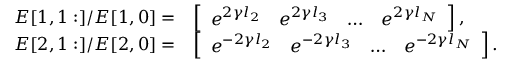
\begin{array} { r l } { \boldsymbol { E } [ 1 , 1 : ] / \boldsymbol { E } [ 1 , 0 ] = } & { \left[ \begin{array} { l l l l } { e ^ { 2 \gamma l _ { 2 } } } & { e ^ { 2 \gamma l _ { 3 } } } & { \ldots } & { e ^ { 2 \gamma l _ { N } } } \end{array} \right] , } \\ { \boldsymbol { E } [ 2 , 1 : ] / \boldsymbol { E } [ 2 , 0 ] = } & { \left[ \begin{array} { l l l l } { e ^ { - 2 \gamma l _ { 2 } } } & { e ^ { - 2 \gamma l _ { 3 } } } & { \ldots } & { e ^ { - 2 \gamma l _ { N } } } \end{array} \right] . } \end{array}